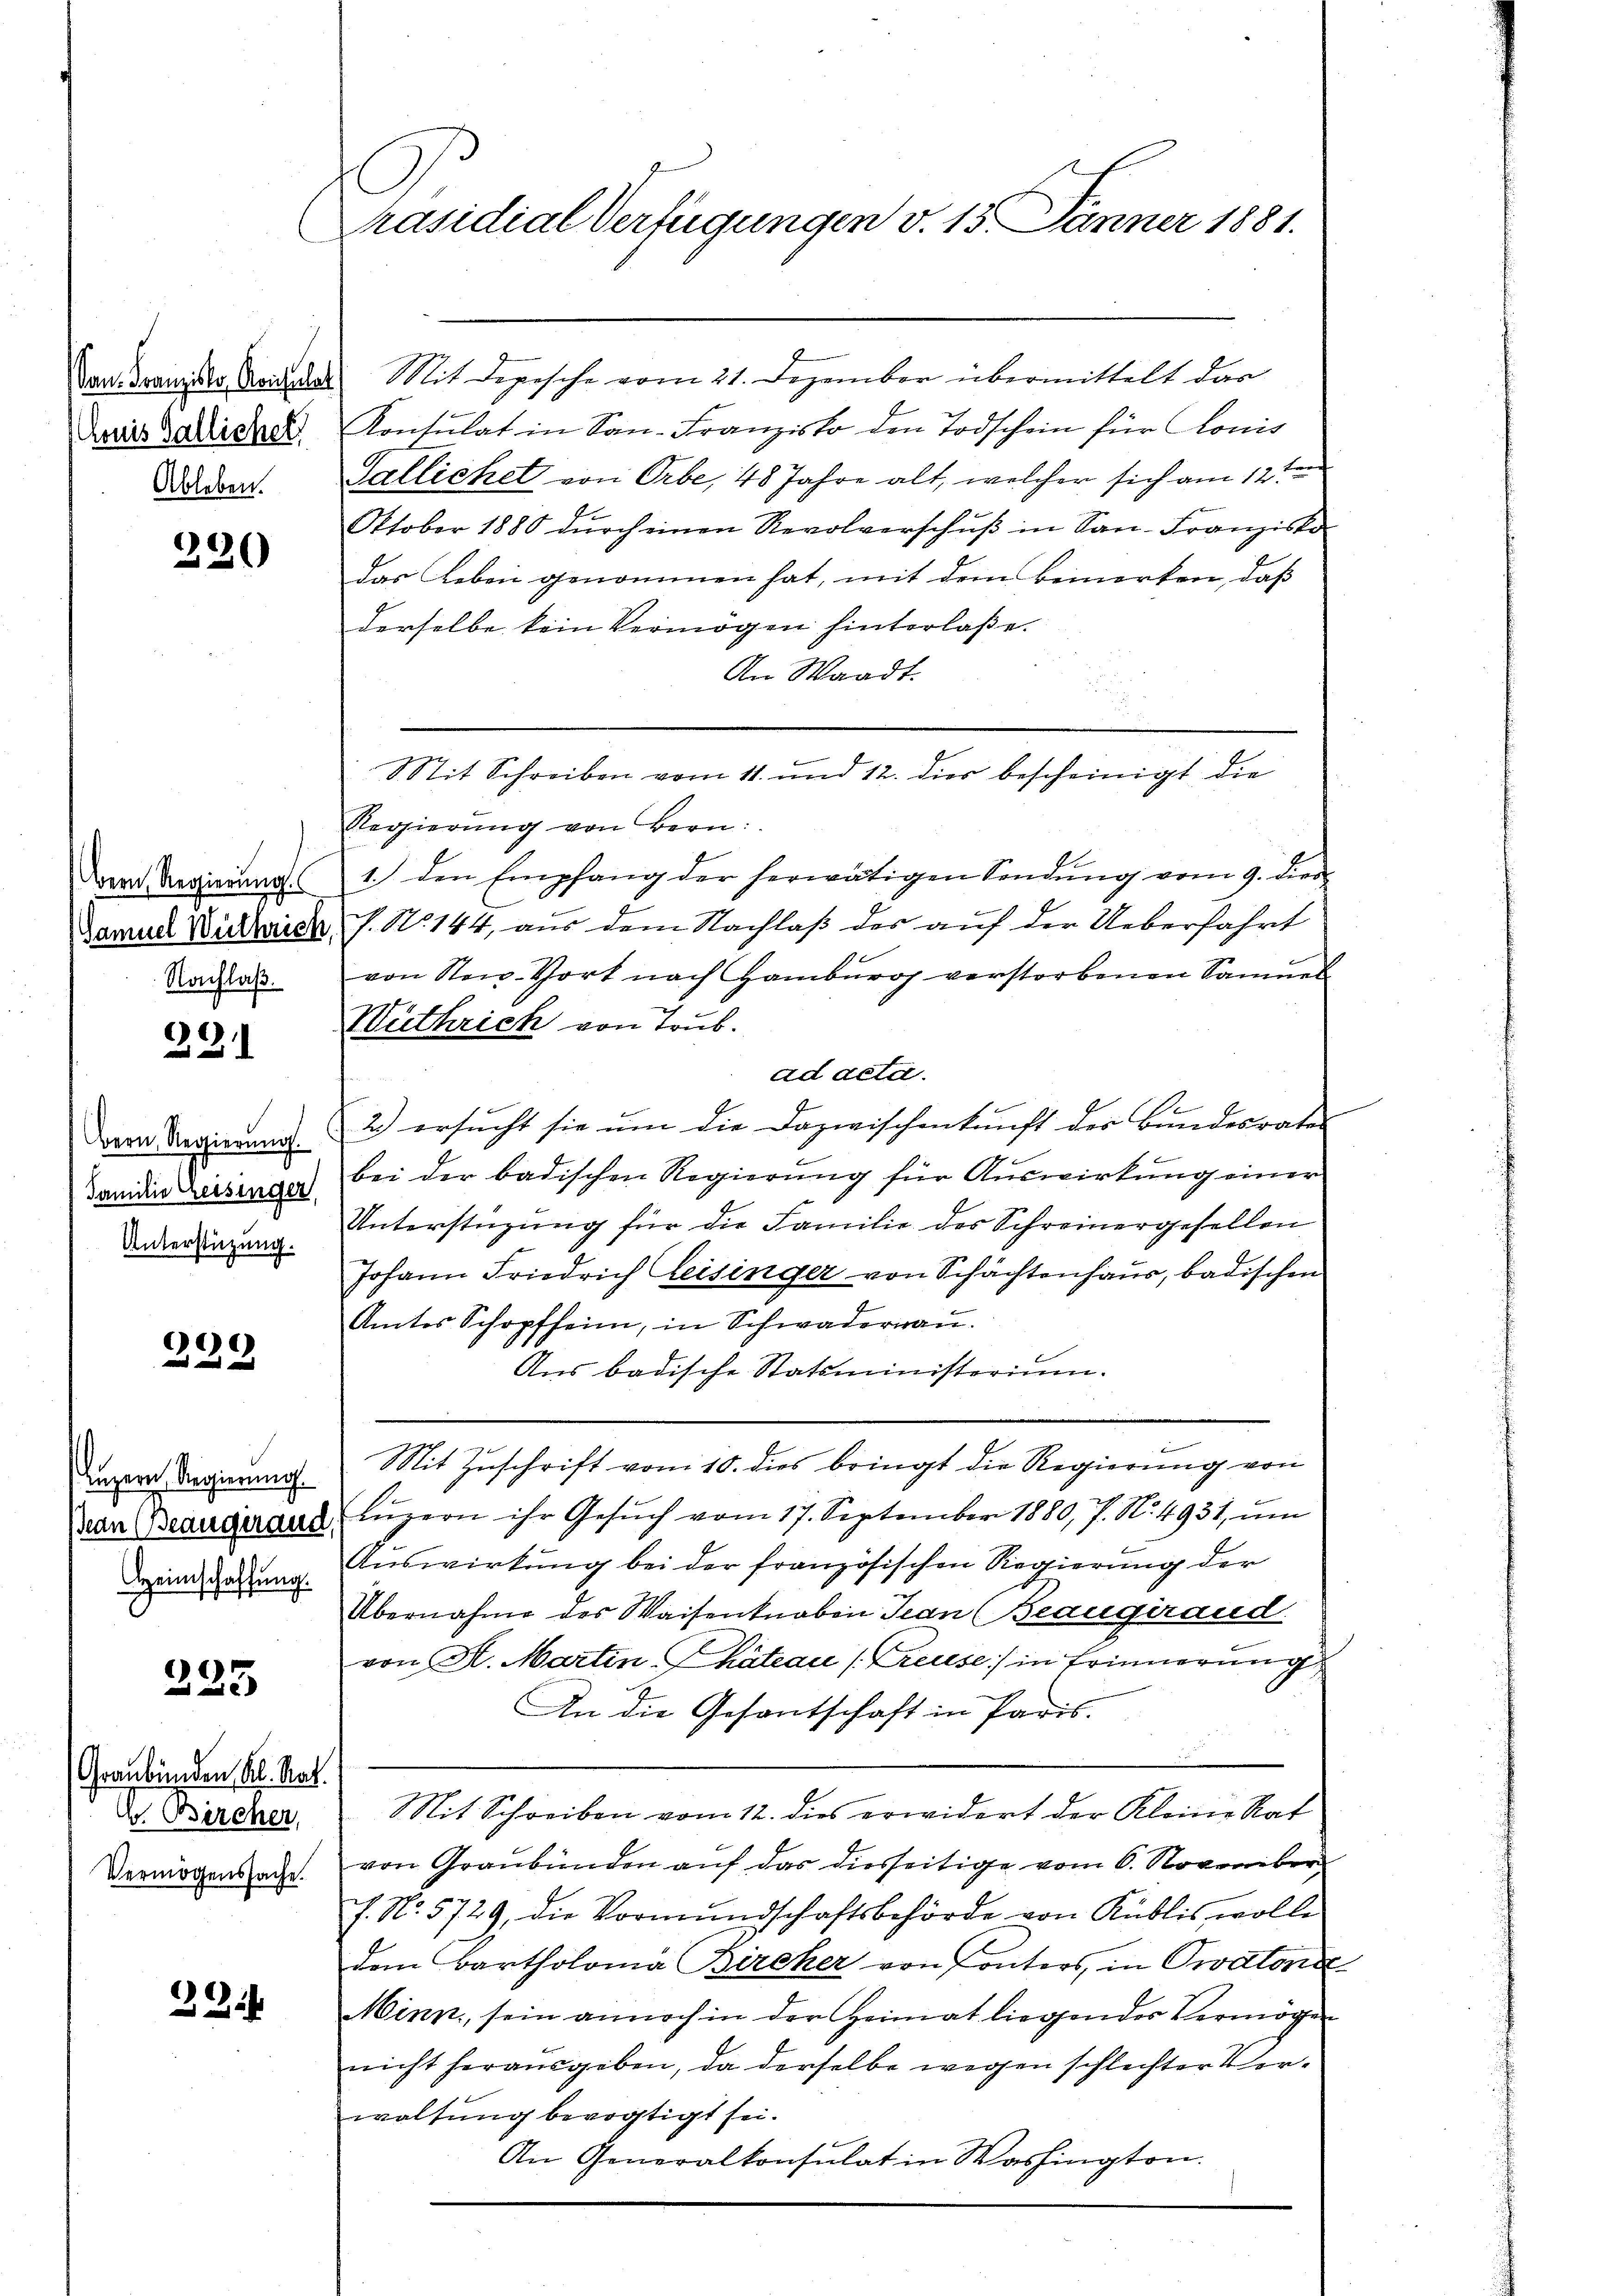
Van. Franzislos, Konsulat
honis Gallichel,
Ableben.

230

Bern, Regierungs
Samuel Wüthrich,
Nachlaß.

00
|

Bern, Regierung.
Familie reisinger,
Unterstüzung.

e
2
n

Luzern Regierung
Jean (seangeraud,
Heimschaffung.

225

Graubünden Al. Sat
V. Bircher,
Vermögenssache.

234

Präsidial-Verfügungen v. 15. Jänner 1881.

Mit Dopische vom 21. Dezember übermittelt das
Konsulat in San-Franzisko den Todschein für Konis
Gallichet von Orbe, 48 Jahre alt, welcher sich am 12ten
Oktober 1880 dŭrch einen Revolverschŭβ in San-Franzisko
das Leben genommen hat, mit dem Bemerken, daß
derselbe kein Vermögen hinterlaße.
An Waadt.
Sit Schreiben vom 11. und 12. dies bescheinigt die
Regierung von Bern:
1.) den Empfang der herwätigen Sendŭng vom 9. dies
P. Nr. 144, aus dem Nachlaß des auf der Ueberfahrt
von New-Vort nach Hamburg verstorbenen Sammel
Wüthrich von Trub.
ad acta.
2.) ersucht sie um die Dazwischenkunft des Bundesrates
bei der badischen Regierung für Auswirkung einer
Unterstüzung für die Familie des Schreinergesellen
Johann Friedrich leisinger von Schächtenhaus, badischen
Amtes Schopfheim, in Schwaderrau.
Aus badische Statsministerium.
Mit Zuschrift vom 10. dies bringt die Regierung von
Luzern ihr Gesŭch vom 17. September 1880, 7. No. 4931, um
Auswirkung bei der französischen Regierung der
Übernahme des Waisenknaben Jean (Beaugeraud
von M. Martin Chateau / Preuse in Erinnerung
An die Gesantschaft in Paris.
Mit Schreiben vom 12. dies erwidert der Kleine Rat
von Graubünden auf das diesseitige vom 6. November
f. No. 5729, die Vormŭndschaftsbehörde von Küblis, wolle
dem Bartholoma Bircher von Sonters, in Pratone
Minn, sein annoch in der Heimat liegendes Vermögen
nicht herausgeben, da derselbe wegen schlechter Verwaltung bevogtigt sei.
An Generalkonsulat in Washington.